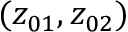
( z _ { 0 1 } , z _ { 0 2 } )